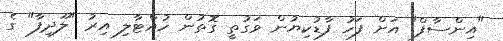
"އިންސާފް" އަށް ފަހު ފާޑުކިޔުން ވަގުތީ ގޮތުން ހުއްޓާލި އިރު "ލޫދިފާ" ގެ